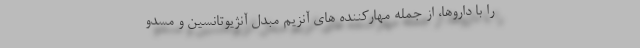
را با داروها، از جمله مهارکننده های آنزیم مبدل آنژیوتانسین و مسدو